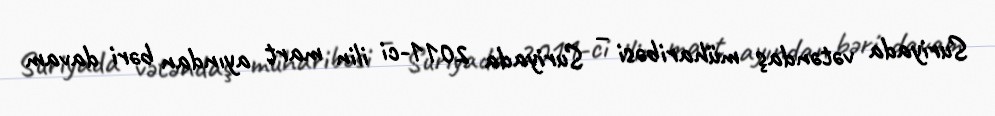
Suriyada vətəndaş müharibəsi – Suriyada 2011-ci ilin mart ayından bəri davam